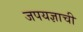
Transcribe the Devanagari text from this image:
जपयज्ञाची